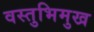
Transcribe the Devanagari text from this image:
वस्तुभिमुख